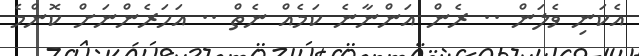
އެކަނި ވެލަން .. ރެން އަންނާނެ ކަމެއް ނެތް .. އަހަރެންނަށް ކޮންމެ